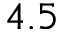
4 . 5